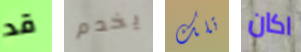
قد يخدم تلك اكان